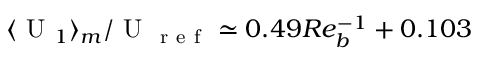
\langle \mathrm { ~ U ~ } _ { 1 } \rangle _ { m } / \mathrm { ~ U ~ } _ { \mathrm { ~ r ~ e ~ f ~ } } \simeq 0 . 4 9 R e _ { b } ^ { - 1 } + 0 . 1 0 3